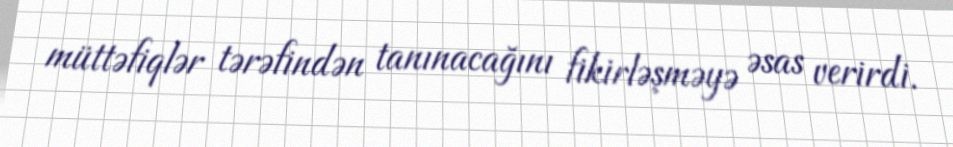
müttəfiqlər tərəfindən tanınacağını fikirləşməyə əsas verirdi.